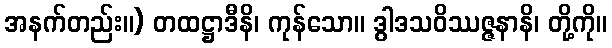
အနက်တည်း။) တထဋ္ဌာဒီနိ၊ ကုန်သော။ ဒွါဒသဝိဿဇ္ဇနာနိ၊ တို့ကို။